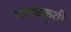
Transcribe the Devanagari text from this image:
नाट्यकॄती